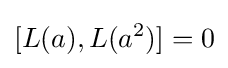
\displaystyle {[L(a),L(a^{2})]=0}